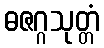
ဓဇဂ္ဂသုတ္တံ